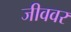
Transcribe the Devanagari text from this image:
जीववर